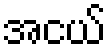
အငယ်